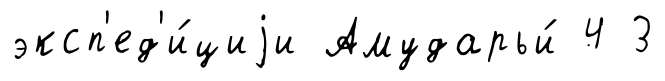
эксп'ед'и́циjи Амударьи́ 4 3